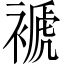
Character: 褫